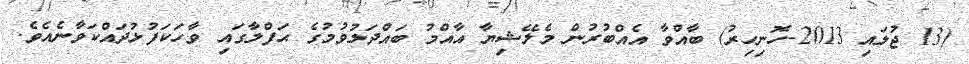
(13 ޖުލައި 2013-ހޮނިހިރު) ބާއްވާ އެއްބުރުން މެލޭޝިޔާ އާއްމު ބައްދަލުވުމުގެ ޙަފްލާގައި ވާހަކަފުޅުދައްކަވާނެއެވެ.